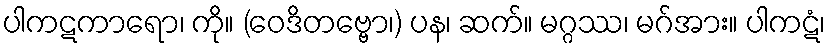
ပါကဋကာရော၊ ကို။ (ဝေဒိတဗ္ဗော၊) ပန၊ ဆက်။ မဂ္ဂဿ၊ မဂ်အား။ ပါကဋံ၊